Annual report of the Punjab Veterinary College and of the Civil Veterinary Department, Punjab - 1920-1925
Year: 1920
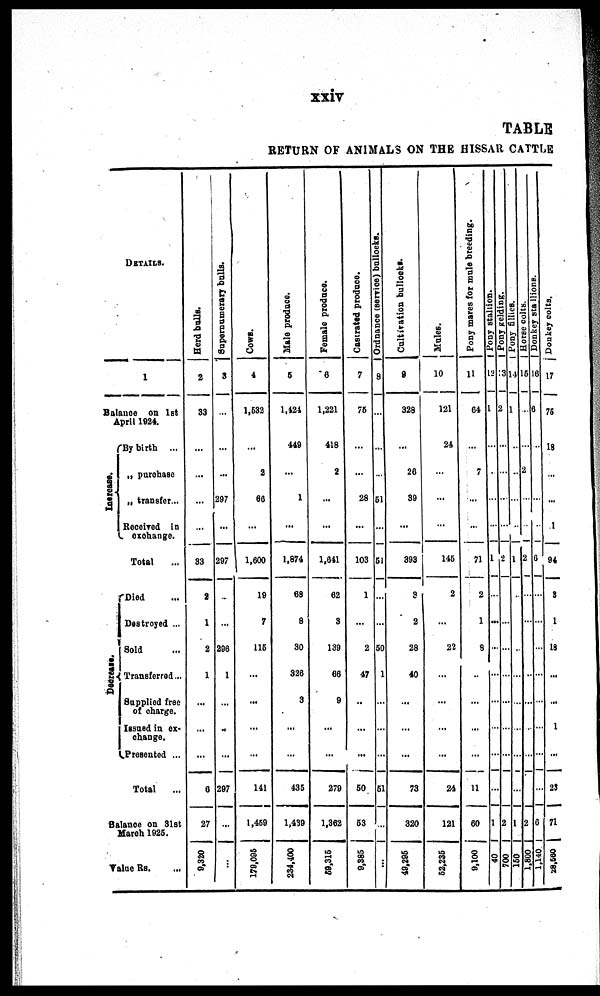
xxiv
TABLE
RETURN OF ANIMALS ON THE HISSAR CATTLE
DETAILS.
1
Balance on 1st
April 1924.
Increase
By birth ...
„ purchase
„ transfer...
Received in
exchange.
Tot al ...
Decrease
Died ...
Destroyed ...
Sold
Transferred ...
Supplied free
of charge.
Issued in ex-
change.
Presented ...
Total ...
Balance on 31st
March 1925.
Value Rs. ...
Herd balls.
2
33
...
...
...
...
33
2
1
2
1
...
...
...
8
27
9,320
Supernumerary bulls.
3
...
...
...
297
...
297
...
...
296
1
...
...
...
297
...
...
Cows.
4
1,582
...
2
68
...
1,600
19
7
115
...
...
...
...
141
1,459
179,095
Male produce.
5
1,424
449
...
1
...
1,874
68
8
30
326
3
...
...
435
1,439
234,400
Female produce.
6
1,221
418
2
...
...
1,641
62
3
139
66
9
...
...
279
1,362
59,315
Castrated produce.
7
75
...
...
28
...
103
1
...
2
47
..
...
...
50
53
9,385
Or dna nc e ( s e r vi c e ) bul l
ocks .
8
...
...
51
...
51
...
...
50
1
...
...
...
51
...
...
Cultivation bullocks.
9
328
...
26
39
...
893
8
2
28
40
...
...
...
73
320
49,295
Males.
10
121
24
....
...
...
145
2
...
22
...
...
...
...
24
121
52,235
Pony mares for male breeding.
11
64
...
7
...
...
71
2
1
8
...
...
...
...
11
60
9,100
Pony stallion.
12
1
...
...
...
...
1
...
...
..
...
...
...
...
...
1
40
Pony gelding.
13
2
...
...
...
2
...
...
...
...
...
...
...
2
700
Pony fillies.
14
1
...
...
...
...
1
...
...
...
...
...
...
...
...
1
150
Horse colts.
15
...
...
2
...
...
2
...
...
...
...
...
...
...
...
2
1,800
Donkey stallions.
16
6
...
...
...
...
0
...
...
...
...
...
...
...
6
1,140
Donkey colts,
17
75
18
...
...
1
94
3
1
18
...
...
1
...
23
71
28,580